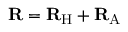
{ \mathbf { R } } = { \mathbf { R } } _ { \mathrm { H } } + { \mathbf { R } } _ { \mathrm { A } }